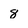
Character: 8